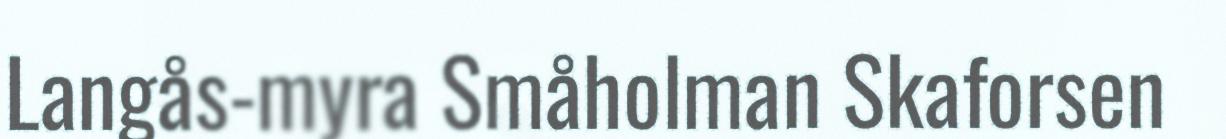
Langås-myra Småholman Skaforsen